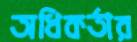
অধিকর্তার